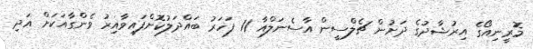
މޮރީނިއޯގެ އިރުޝާދުގެ ދަށުން ޗެލްސީން އާސެނަލްއާ 11 ފަހަރު ބައްދަލުކޮށްފައިވާއިރު ވެންގާއަކަށް އަދި